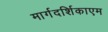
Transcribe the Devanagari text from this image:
मार्गदर्शिकाएम